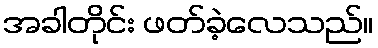
အခါတိုင်း ဖတ်ခဲ့လေသည်။